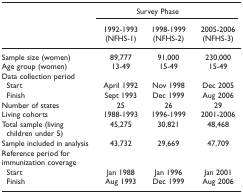
|  | <COLSPAN=3> Survey Phase |
 |  | 1992-1993 | 1998-1999 | 2005-2006 |
 |  | (NFHS-1) | (NFHS-2) | (NFHS-3) |
 | --- | --- | --- | --- |
 | Sample size (women) | 89,777 | 91,000 | 230,000 |
 | Age group (women) | 13-49 | 15-49 | 15-49 |
 | Data collection period |  |  |  |
 | Start | April 1992 | Nov 1998 | Dec 2005 |
 | Finish | Sept 1993 | Dec 1999 | Aug 2006 |
 | Number of states | 25 | 26 | 29 |
 | Living cohorts | 1988-1993 | 1996-1999 | 2001-2006 |
 | Total sample (living | 45,275 | 30,821 | 48,468 |
 | children under 5) |  |  |  |
 | Sample included in analysis | 43,732 | 29,669 | 47,709 |
 | Reference period for |  |  |  |
 | immunization coverage |  |  |  |
 | Start | Jan 1988 | Jan 1996 | Jan 2001 |
 | Finish | Aug 1993 | Dec 1999 | Aug 2006 |